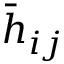
{ \bar { h } } _ { i j }